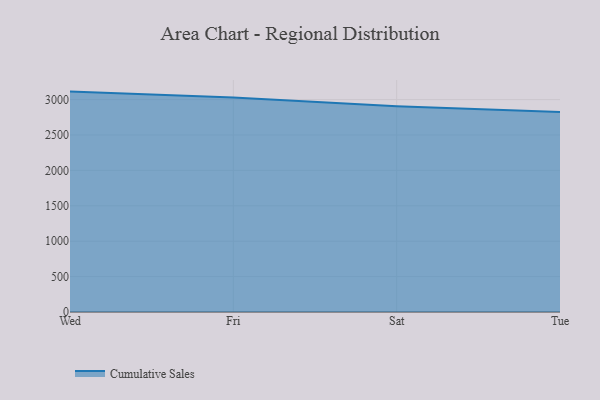
{"axis": {"x": "Day", "y": "Inventory Turnover"}, "legend": ["Cumulative Sales"], "data": [{"x": "Wed", "y": 3113.1, "type": "Cumulative Sales"}, {"x": "Fri", "y": 3028.6, "type": "Cumulative Sales"}, {"x": "Sat", "y": 2904.7, "type": "Cumulative Sales"}, {"x": "Tue", "y": 2825.8, "type": "Cumulative Sales"}]}